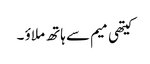
کیتھی میم سے ہاتھ ملاؤ ۔